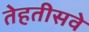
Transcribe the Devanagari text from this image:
तेहतीसवे